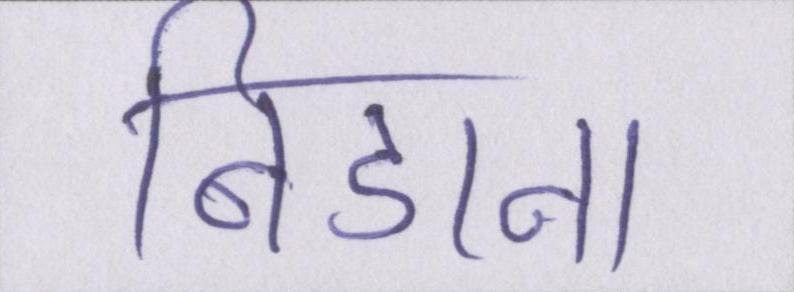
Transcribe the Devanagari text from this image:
निडाना